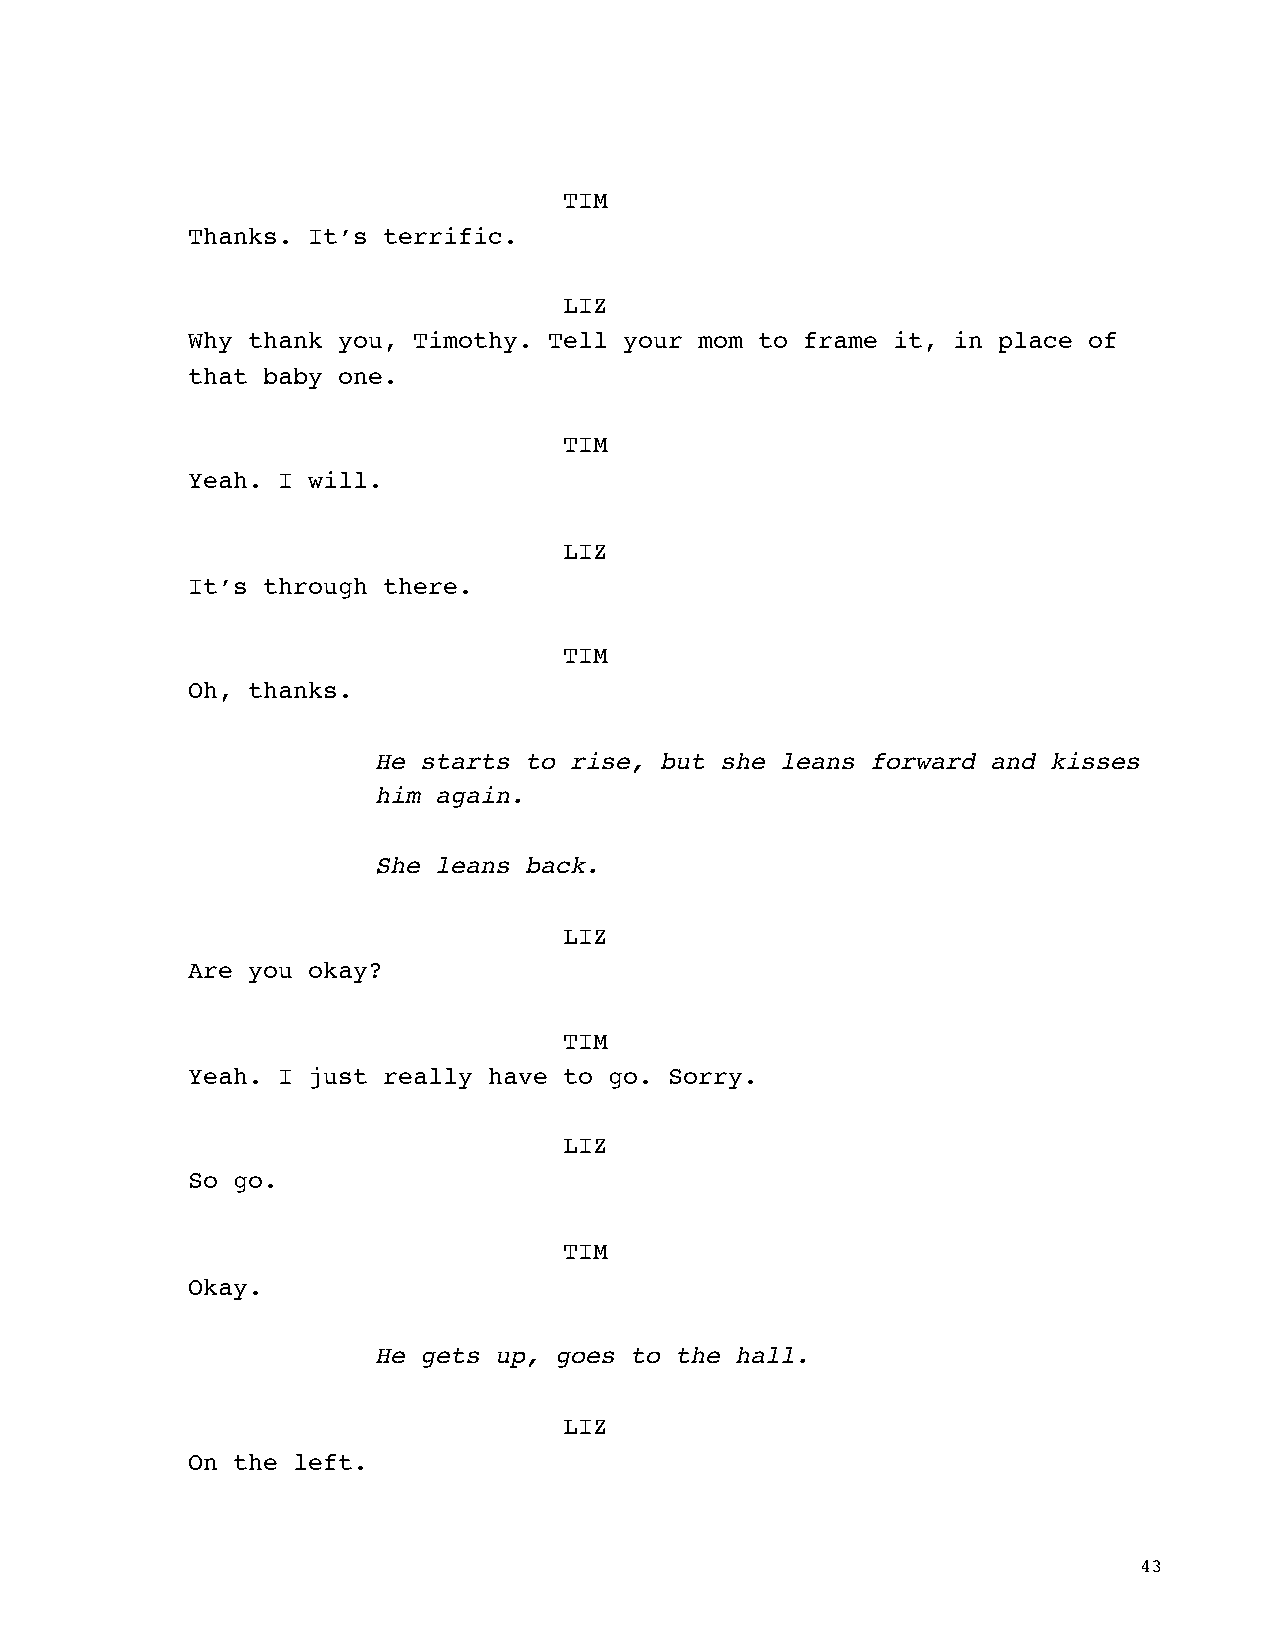
TIM
 Thanks. It’s terrific.
 LIZ
 Why thank you, Timothy. Tell your mom to frame it, in place of
 that baby one.
 TIM
 Yeah. I will.
 LIZ
 It’s through there.
 TIM
 Oh, thanks.
 He starts to rise, but she leans forward and kisses
 him again.
 She leans back.
 LIZ
 Are you okay?
 TIM
 Yeah. I just really have to go. Sorry.
 LIZ
 So go.
 TIM
 Okay.
 He gets up, goes to the hall.
 LIZ
 On the left.
 43